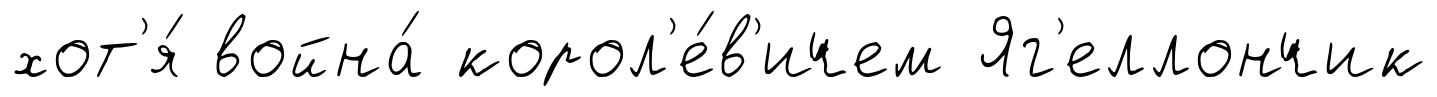
хот'я́ война́ корол'е́в'ичем Яг'еллончик